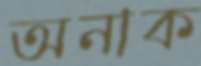
অনাক